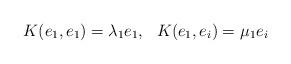
LaTeX: \begin{align*} K(e_1,e_1)= \lambda _1e_1,\ \ K(e_1,e_i)=\mu_1 e_i\end{align*}